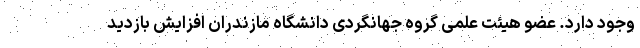
وجود دارد. عضو هیئت علمی گروه جهانگردی دانشگاه مازندران افزایش بازدید